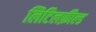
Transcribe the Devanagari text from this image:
लिटिलफ़ील्ड